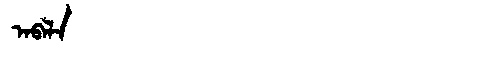
Manchu: ᠠᠪᠠᠯᠠ
Romanization: ABALA